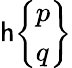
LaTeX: \mathsf{h}{\left\{ \begin{array}{l}{p}\\ {q}\end{array}\right\} }